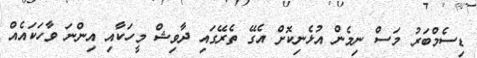
ޑިސެމްބަރު މަސް ނިމެން އުޅެނިކޮށް އެގޭ ތެރޭގައި ދާވިޝް މީހަކާއި އިންނަ ވާހަކައެއް